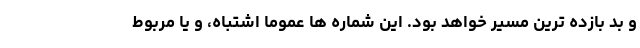
و بد بازده ترین مسیر خواهد بود. این شماره ها عموما اشتباه، و یا مربوط